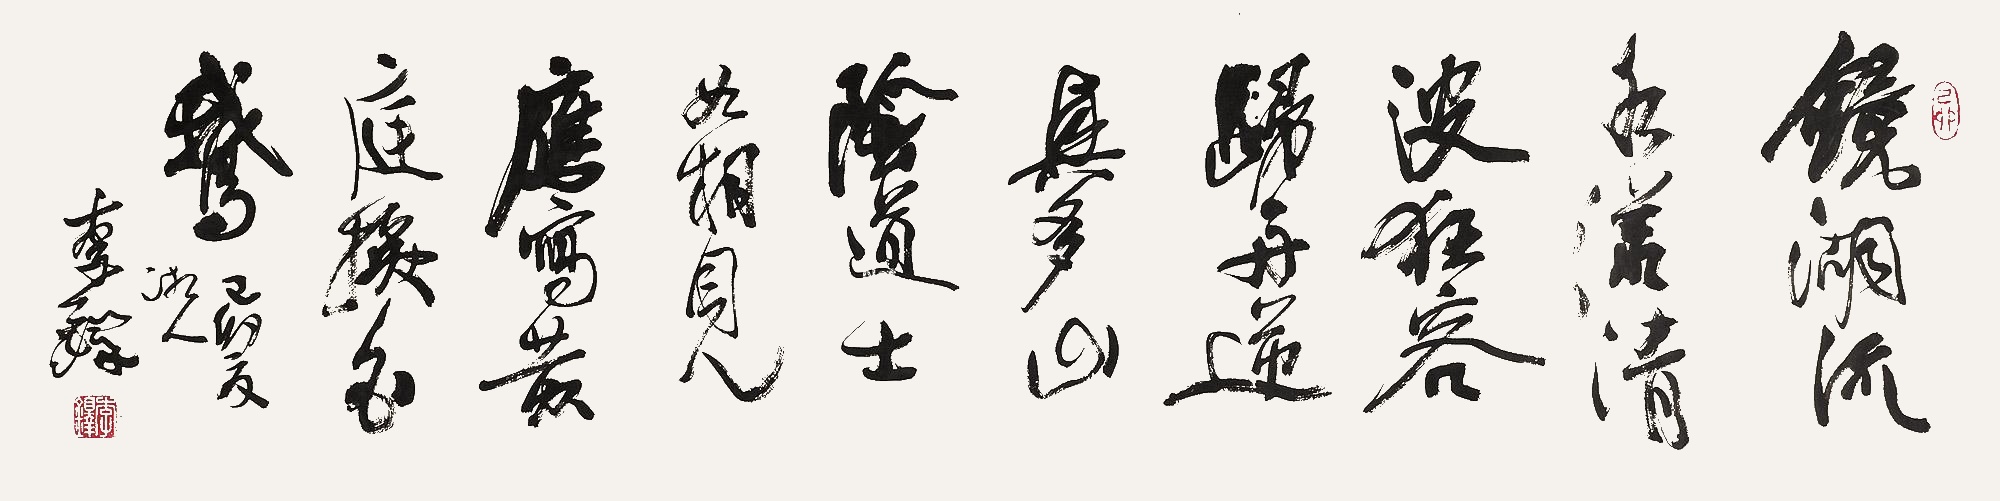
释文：镜湖流水漾清波，狂客归舟逸兴多。山阴道士如相见，应写黄庭换白鹅。己卯（1999年）夏，湘人李铎。